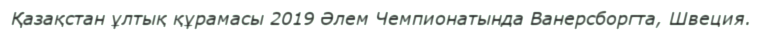
Қазақстан ұлтық құрамасы 2019 Әлем Чемпионатында Ванерсборгта, Швеция.